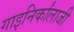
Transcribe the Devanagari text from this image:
गाइनिर्कांलाजी